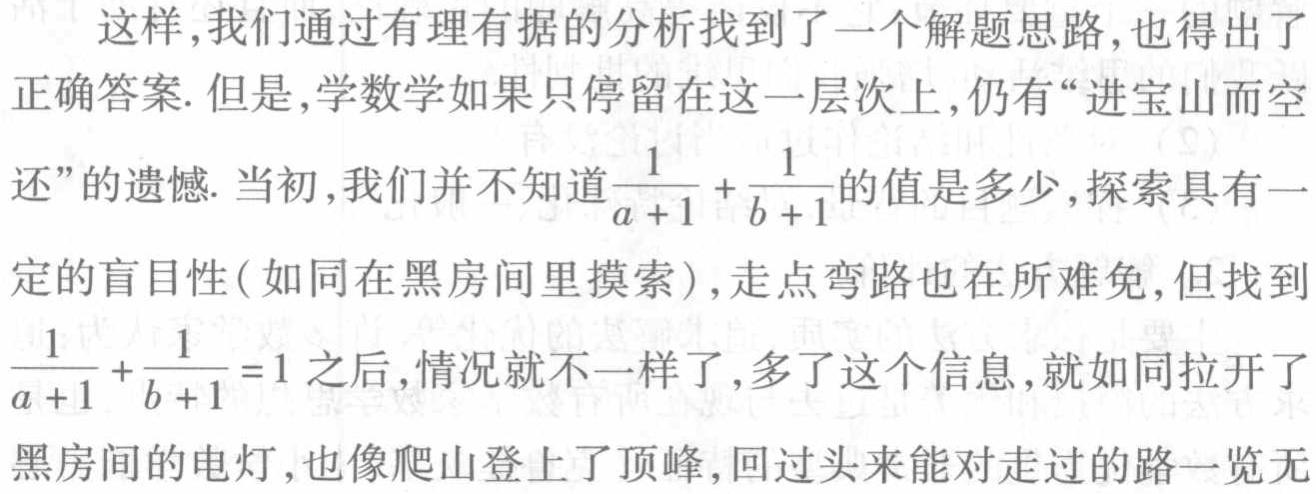
这样,我们通过有理有据的分析找到了一个解题思路,也得出了
正确答案. 但是,学数学如果只停留在这一层次上,仍有“进宝山而空
还”的遗憾. 当初,我们并不知道$\frac{1}{a + 1} + \frac{1}{b + 1}$的值是多少,探索具有一
定的盲目性(如同在黑房间里摸索),走点弯路也在所难免,但找到
$\frac{1}{a + 1} + \frac{1}{b + 1} = 1$之后,情况就不一样了,多了这个信息,就如同拉开了
黑房间的电灯,也像爬山登上了顶峰,回过头来能对走过的路一览无